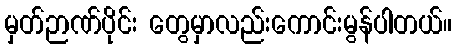
မှတ်ဉာဏ်ပိုင်း တွေမှာလည်းကောင်းမွန်ပါတယ်။